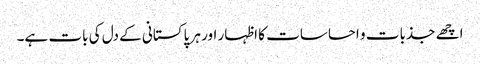
اچھے جذبات و احساسات کا اظہار اور ہر پاکستانی کے دل کی بات ہے۔